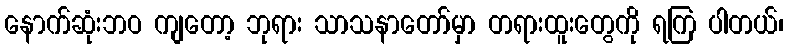
နောက်ဆုံးဘဝ ကျတော့ ဘုရား သာသနာတော်မှာ တရားထူးတွေကို ရကြ ပါတယ်၊